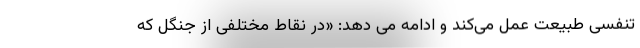
تنفسی طبیعت عمل می‌کند و ادامه می دهد: «در نقاط مختلفی از جنگل که